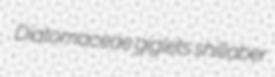
Diatomaceae giglets shillaber